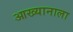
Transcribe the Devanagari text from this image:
आख्यानाला